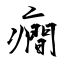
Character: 癎